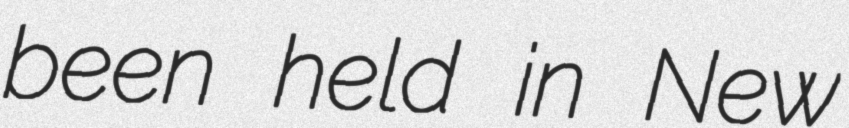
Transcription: been held in New